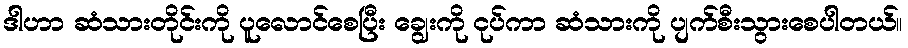
ဒါဟာ ဆံသားတိုင်းကို ပူလောင်စေပြီး ချွေးကို ငုပ်ကာ ဆံသားကို ပျက်စီးသွားစေပါတယ်။